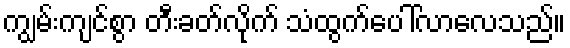
ကျွမ်းကျင်စွာ တီးခတ်လိုက် သံထွက်ပေါ်လာလေသည်။